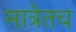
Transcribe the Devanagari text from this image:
मात्रेतच